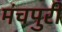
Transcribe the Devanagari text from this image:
मंचपुरी